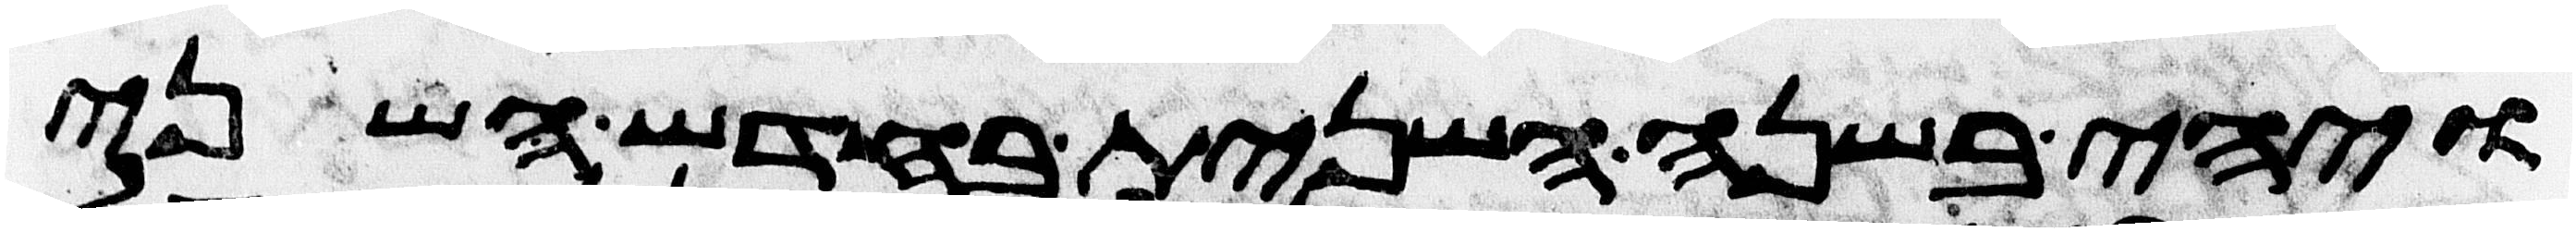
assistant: ויהי בשנה השנית בחדש השני